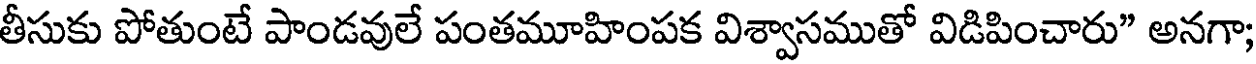
తీసుకు పోతుంటే పాండవులే పంతమూహింపక విశ్వాసముతో విడిపించారు" అనగా